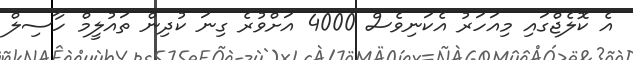
އެ ކޮލެޖްގައި މިއަހަރު އެކަނިވެސް 4000 އަށްވުރެ ގިނަ ކުދިން ތައުލީމް ހާސިލް